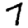
Digit: 7